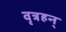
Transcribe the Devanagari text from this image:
वृत्रहन्